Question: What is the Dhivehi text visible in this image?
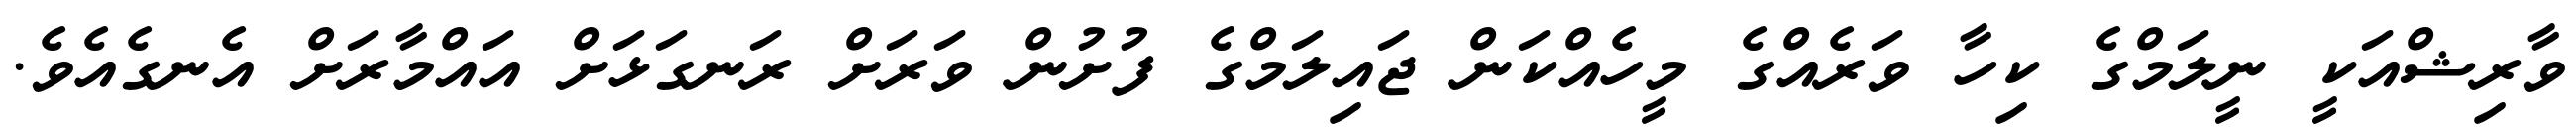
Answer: ވާރިޝްއަކީ ނީލަމްގެ ކިހާ ވަރެއްގެ މީހެއްކަން ޖައިލަމްގެ ފުށުން ވަރަށް ރަނގަޅަށް އައްމާރަށް އެނގެއެވެ.